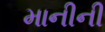
માનીની